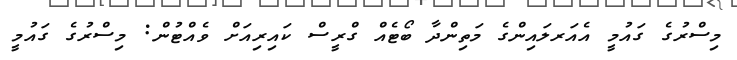
މިސްރުގެ ގައުމީ އެއަރލައިންގެ މަތިންދާ ބޯޓެއް ގްރީސް ކައިރިއަށް ވެއްޓުން: މިސްރުގެ ގައުމީ